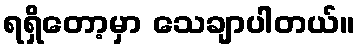
ရရှိတော့မှာ သေချာပါတယ်။